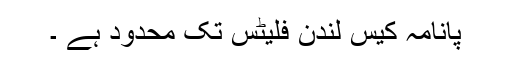
پانامہ کیس لندن فلیٹس تک محدود ہے ۔